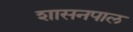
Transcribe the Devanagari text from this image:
शासनपाल